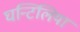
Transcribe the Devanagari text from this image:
घन्टिलिया